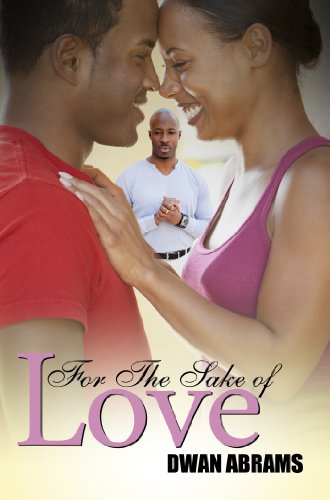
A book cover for For the Sake of Love (Urban Books); Dwan Abrams; Literature & Fiction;